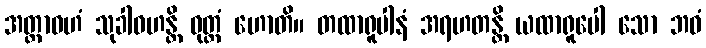
အတ္ထာဝဟံ သုခါဝဟန္တိ ဝုတ္တံ ဟောတိ။ တထာရူပါနံ အရဟတန္တိ ယထာရူပေါ သော ဘဝံ